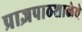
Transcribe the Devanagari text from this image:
प्राज्ञपाठशाळेचे